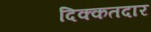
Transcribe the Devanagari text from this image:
दिक्कतदार